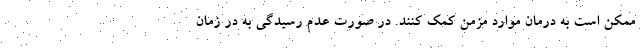
ممکن است به درمان موارد مزمن کمک کنند. در صورت عدم رسیدگی به در زمان